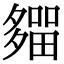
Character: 𡗈